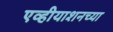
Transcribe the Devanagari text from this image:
एव्हीयाशनच्या